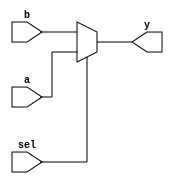
module day1 (
  input [7:0] a,
  input [7:0] b,
  input sel,
  output reg [7:0] y
);
  
  assign y = sel? a : b;

endmodule